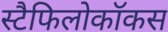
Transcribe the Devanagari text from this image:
स्टैफिलोकॉकस